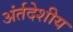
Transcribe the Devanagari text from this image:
अंर्तदेशीय